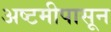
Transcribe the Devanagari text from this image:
अष्टमीपासून